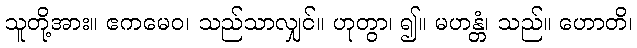
သူတို့အား။ ဧကမေဝ၊ သည်သာလျှင်။ ဟုတွာ၊ ၍။ မဟန္တံ၊ သည်။ ဟောတိ၊